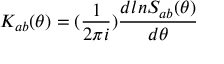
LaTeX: K _ { a b } ( \theta ) = ( { \frac { 1 } { 2 \pi i } } ) { \frac { d l n S _ { a b } ( \theta ) } { d \theta } }